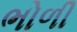
ભોળી